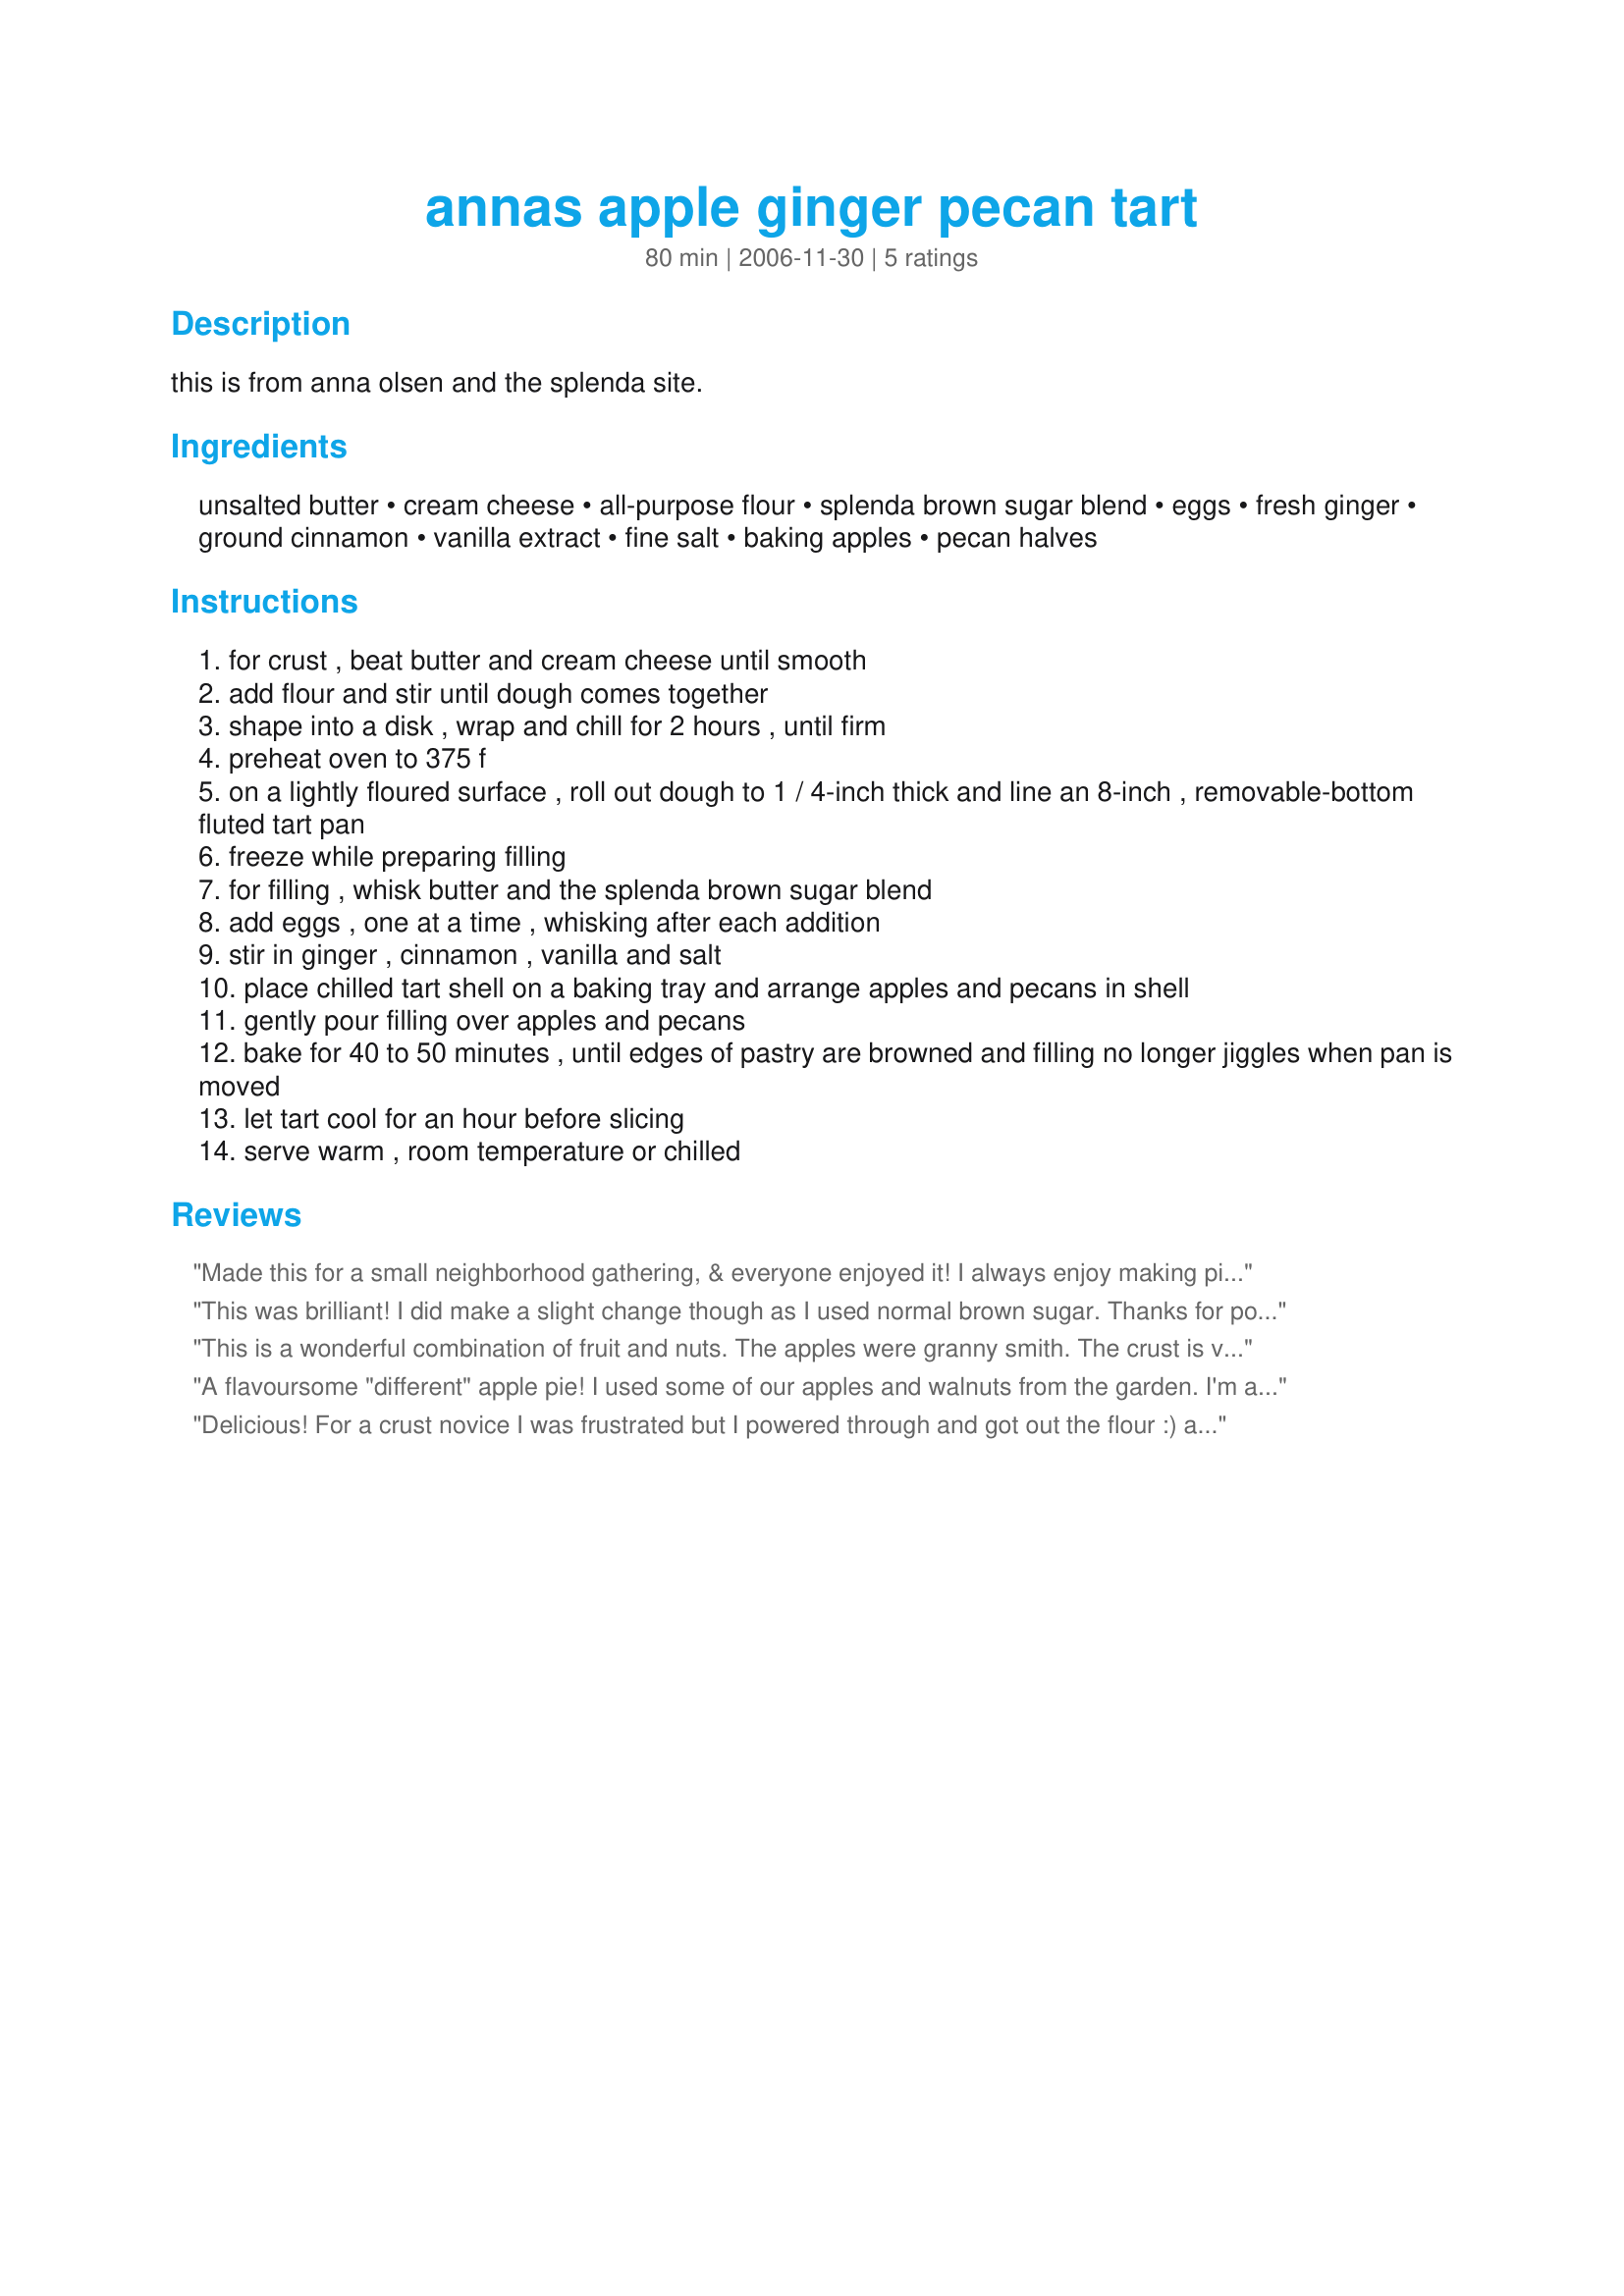
annas apple ginger pecan tart
Preparation time: 80 minutes

this is from anna olsen and the splenda site.

Ingredients:
unsalted butter, cream cheese, all-purpose flour, splenda brown sugar blend, eggs, fresh ginger, ground cinnamon, vanilla extract, fine salt, baking apples, pecan halves

Steps:
for crust , beat butter and cream cheese until smooth
add flour and stir until dough comes together
shape into a disk , wrap and chill for 2 hours , until firm
preheat oven to 375 f
on a lightly floured surface , roll out dough to 1 / 4-inch thick and line an 8-inch , removable-bottom fluted tart pan
freeze while preparing filling
for filling , whisk butter and the splenda brown sugar blend
add eggs , one at a time , whisking after each addition
stir in ginger , cinnamon , vanilla and salt
place chilled tart shell on a baking tray and arrange apples and pecans in shell
gently pour filling over apples and pecans
bake for 40 to 50 minutes , until edges of pastry are browned and filling no longer jiggles when pan is moved
let tart cool for an hour before slicing
serve warm , room temperature or chilled

Reviews:
Made this for a small neighborhood gathering, & everyone enjoyed it! I always enjoy making pies, & found this a wonderfully delicious change of pace from the usual apple pie! Thanks so much for sharing it! [Tagged & made in Please Review My Recipe]
This was brilliant! I did make a slight change though as I used normal brown sugar. Thanks for posting this recipe!
This is a wonderful combination of fruit and nuts. The apples were granny smith. The crust is very easy to work with. Hard to believe that this is a reduced sugar dessert. It was served warm with no-sugar added vanilla yogurt on the side.
A flavoursome "different" apple pie! I used some of our apples and walnuts from the garden. <br/>I'm always looking for different apple pies. Food.com is the best way to find unconvential recipes. Your recipe war really good and after so many apple pies, still not special. Everybody had more than one piece!<br/>Thanks for posting this recipe.
Delicious! For a crust novice I was frustrated but I powered through and got out the flour :) and it turned out really good! I used regular brown sugar and walnuts (personal preference) and was very happy. This may find a space on my Thanksgiving table this year!
